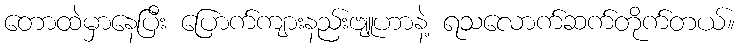
တောထဲမှာနေပြီး ပြောက်ကျားနည်းဗျူဟာနဲ့ ရသလောက်ဆက်တိုက်တယ်။